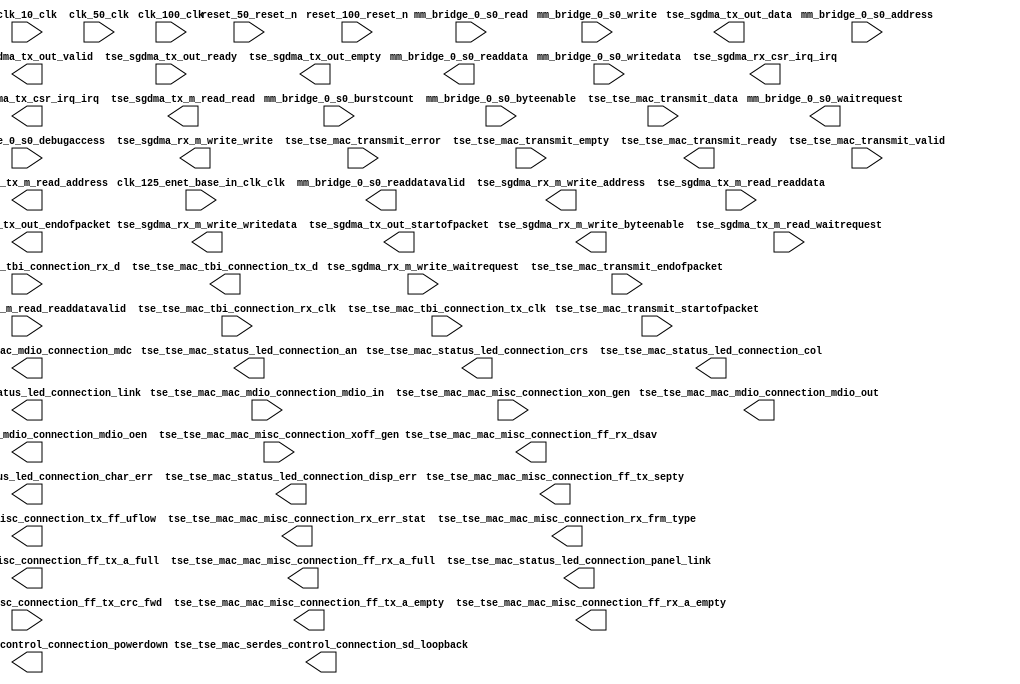

module tse_w_sfp_simple_2_ic_red_fifo_tbi (
	clk_10_clk,
	clk_100_clk,
	clk_125_enet_base_in_clk_clk,
	clk_50_clk,
	mm_bridge_0_s0_waitrequest,
	mm_bridge_0_s0_readdata,
	mm_bridge_0_s0_readdatavalid,
	mm_bridge_0_s0_burstcount,
	mm_bridge_0_s0_writedata,
	mm_bridge_0_s0_address,
	mm_bridge_0_s0_write,
	mm_bridge_0_s0_read,
	mm_bridge_0_s0_byteenable,
	mm_bridge_0_s0_debugaccess,
	reset_100_reset_n,
	reset_50_reset_n,
	tse_sgdma_rx_csr_irq_irq,
	tse_sgdma_rx_m_write_waitrequest,
	tse_sgdma_rx_m_write_address,
	tse_sgdma_rx_m_write_write,
	tse_sgdma_rx_m_write_writedata,
	tse_sgdma_rx_m_write_byteenable,
	tse_sgdma_tx_csr_irq_irq,
	tse_sgdma_tx_m_read_readdata,
	tse_sgdma_tx_m_read_readdatavalid,
	tse_sgdma_tx_m_read_waitrequest,
	tse_sgdma_tx_m_read_address,
	tse_sgdma_tx_m_read_read,
	tse_sgdma_tx_out_data,
	tse_sgdma_tx_out_valid,
	tse_sgdma_tx_out_ready,
	tse_sgdma_tx_out_endofpacket,
	tse_sgdma_tx_out_startofpacket,
	tse_sgdma_tx_out_empty,
	tse_tse_mac_mac_mdio_connection_mdc,
	tse_tse_mac_mac_mdio_connection_mdio_in,
	tse_tse_mac_mac_mdio_connection_mdio_out,
	tse_tse_mac_mac_mdio_connection_mdio_oen,
	tse_tse_mac_mac_misc_connection_xon_gen,
	tse_tse_mac_mac_misc_connection_xoff_gen,
	tse_tse_mac_mac_misc_connection_ff_tx_crc_fwd,
	tse_tse_mac_mac_misc_connection_ff_tx_septy,
	tse_tse_mac_mac_misc_connection_tx_ff_uflow,
	tse_tse_mac_mac_misc_connection_ff_tx_a_full,
	tse_tse_mac_mac_misc_connection_ff_tx_a_empty,
	tse_tse_mac_mac_misc_connection_rx_err_stat,
	tse_tse_mac_mac_misc_connection_rx_frm_type,
	tse_tse_mac_mac_misc_connection_ff_rx_dsav,
	tse_tse_mac_mac_misc_connection_ff_rx_a_full,
	tse_tse_mac_mac_misc_connection_ff_rx_a_empty,
	tse_tse_mac_serdes_control_connection_sd_loopback,
	tse_tse_mac_serdes_control_connection_powerdown,
	tse_tse_mac_status_led_connection_crs,
	tse_tse_mac_status_led_connection_link,
	tse_tse_mac_status_led_connection_panel_link,
	tse_tse_mac_status_led_connection_col,
	tse_tse_mac_status_led_connection_an,
	tse_tse_mac_status_led_connection_char_err,
	tse_tse_mac_status_led_connection_disp_err,
	tse_tse_mac_tbi_connection_rx_clk,
	tse_tse_mac_tbi_connection_tx_clk,
	tse_tse_mac_tbi_connection_rx_d,
	tse_tse_mac_tbi_connection_tx_d,
	tse_tse_mac_transmit_data,
	tse_tse_mac_transmit_endofpacket,
	tse_tse_mac_transmit_error,
	tse_tse_mac_transmit_empty,
	tse_tse_mac_transmit_ready,
	tse_tse_mac_transmit_startofpacket,
	tse_tse_mac_transmit_valid);	

	input		clk_10_clk;
	input		clk_100_clk;
	input		clk_125_enet_base_in_clk_clk;
	input		clk_50_clk;
	output		mm_bridge_0_s0_waitrequest;
	output	[31:0]	mm_bridge_0_s0_readdata;
	output		mm_bridge_0_s0_readdatavalid;
	input	[0:0]	mm_bridge_0_s0_burstcount;
	input	[31:0]	mm_bridge_0_s0_writedata;
	input	[18:0]	mm_bridge_0_s0_address;
	input		mm_bridge_0_s0_write;
	input		mm_bridge_0_s0_read;
	input	[3:0]	mm_bridge_0_s0_byteenable;
	input		mm_bridge_0_s0_debugaccess;
	input		reset_100_reset_n;
	input		reset_50_reset_n;
	output		tse_sgdma_rx_csr_irq_irq;
	input		tse_sgdma_rx_m_write_waitrequest;
	output	[31:0]	tse_sgdma_rx_m_write_address;
	output		tse_sgdma_rx_m_write_write;
	output	[31:0]	tse_sgdma_rx_m_write_writedata;
	output	[3:0]	tse_sgdma_rx_m_write_byteenable;
	output		tse_sgdma_tx_csr_irq_irq;
	input	[31:0]	tse_sgdma_tx_m_read_readdata;
	input		tse_sgdma_tx_m_read_readdatavalid;
	input		tse_sgdma_tx_m_read_waitrequest;
	output	[31:0]	tse_sgdma_tx_m_read_address;
	output		tse_sgdma_tx_m_read_read;
	output	[31:0]	tse_sgdma_tx_out_data;
	output		tse_sgdma_tx_out_valid;
	input		tse_sgdma_tx_out_ready;
	output		tse_sgdma_tx_out_endofpacket;
	output		tse_sgdma_tx_out_startofpacket;
	output	[1:0]	tse_sgdma_tx_out_empty;
	output		tse_tse_mac_mac_mdio_connection_mdc;
	input		tse_tse_mac_mac_mdio_connection_mdio_in;
	output		tse_tse_mac_mac_mdio_connection_mdio_out;
	output		tse_tse_mac_mac_mdio_connection_mdio_oen;
	input		tse_tse_mac_mac_misc_connection_xon_gen;
	input		tse_tse_mac_mac_misc_connection_xoff_gen;
	input		tse_tse_mac_mac_misc_connection_ff_tx_crc_fwd;
	output		tse_tse_mac_mac_misc_connection_ff_tx_septy;
	output		tse_tse_mac_mac_misc_connection_tx_ff_uflow;
	output		tse_tse_mac_mac_misc_connection_ff_tx_a_full;
	output		tse_tse_mac_mac_misc_connection_ff_tx_a_empty;
	output	[17:0]	tse_tse_mac_mac_misc_connection_rx_err_stat;
	output	[3:0]	tse_tse_mac_mac_misc_connection_rx_frm_type;
	output		tse_tse_mac_mac_misc_connection_ff_rx_dsav;
	output		tse_tse_mac_mac_misc_connection_ff_rx_a_full;
	output		tse_tse_mac_mac_misc_connection_ff_rx_a_empty;
	output		tse_tse_mac_serdes_control_connection_sd_loopback;
	output		tse_tse_mac_serdes_control_connection_powerdown;
	output		tse_tse_mac_status_led_connection_crs;
	output		tse_tse_mac_status_led_connection_link;
	output		tse_tse_mac_status_led_connection_panel_link;
	output		tse_tse_mac_status_led_connection_col;
	output		tse_tse_mac_status_led_connection_an;
	output		tse_tse_mac_status_led_connection_char_err;
	output		tse_tse_mac_status_led_connection_disp_err;
	input		tse_tse_mac_tbi_connection_rx_clk;
	input		tse_tse_mac_tbi_connection_tx_clk;
	input	[9:0]	tse_tse_mac_tbi_connection_rx_d;
	output	[9:0]	tse_tse_mac_tbi_connection_tx_d;
	input	[31:0]	tse_tse_mac_transmit_data;
	input		tse_tse_mac_transmit_endofpacket;
	input		tse_tse_mac_transmit_error;
	input	[1:0]	tse_tse_mac_transmit_empty;
	output		tse_tse_mac_transmit_ready;
	input		tse_tse_mac_transmit_startofpacket;
	input		tse_tse_mac_transmit_valid;
endmodule